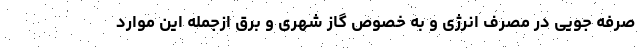
صرفه جویی در مصرف انرژی و به خصوص گاز شهری و برق ازجمله این موارد